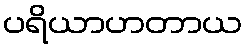
ပရိယာဟတာယ